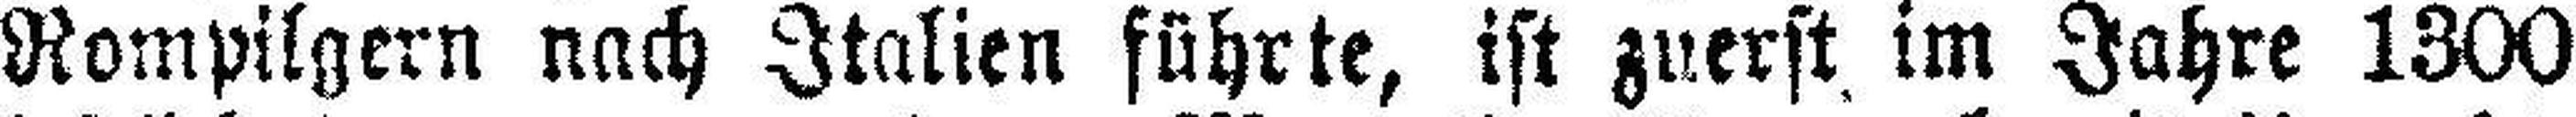
Rompilgern nach Italien führte, ist zuerst im Jahre 1300